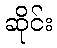
ဆိုင်း